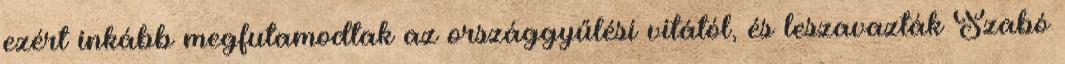
ezért inkább megfutamodtak az országgyűlési vitától, és leszavazták Szabó